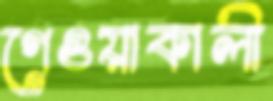
গেওয়াকালী